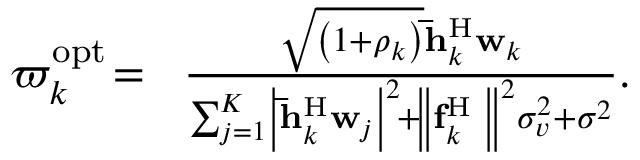
\begin{array} { r l } { { \varpi _ { k } ^ { \mathrm { { o p t } } } } \! = } & { \! \frac { { \sqrt { \left( { 1 + { \rho _ { k } } } \right) } { \bf { \bar { h } } } _ { k } ^ { \mathrm { H } } { { \bf { w } } _ { k } } } } { { \sum _ { j = 1 } ^ { K } \! { { { \left| { { \bf { \bar { h } } } _ { k } ^ { \mathrm { H } } { { \bf { w } } _ { j } } } \right| } ^ { 2 } } } \! + \! { { \left\| { { \bf { f } } _ { k } ^ { \mathrm { H } } { { \bf { \Psi } } } } \right\| } ^ { 2 } } \sigma _ { v } ^ { 2 } + { \sigma ^ { 2 } } } } . } \end{array}